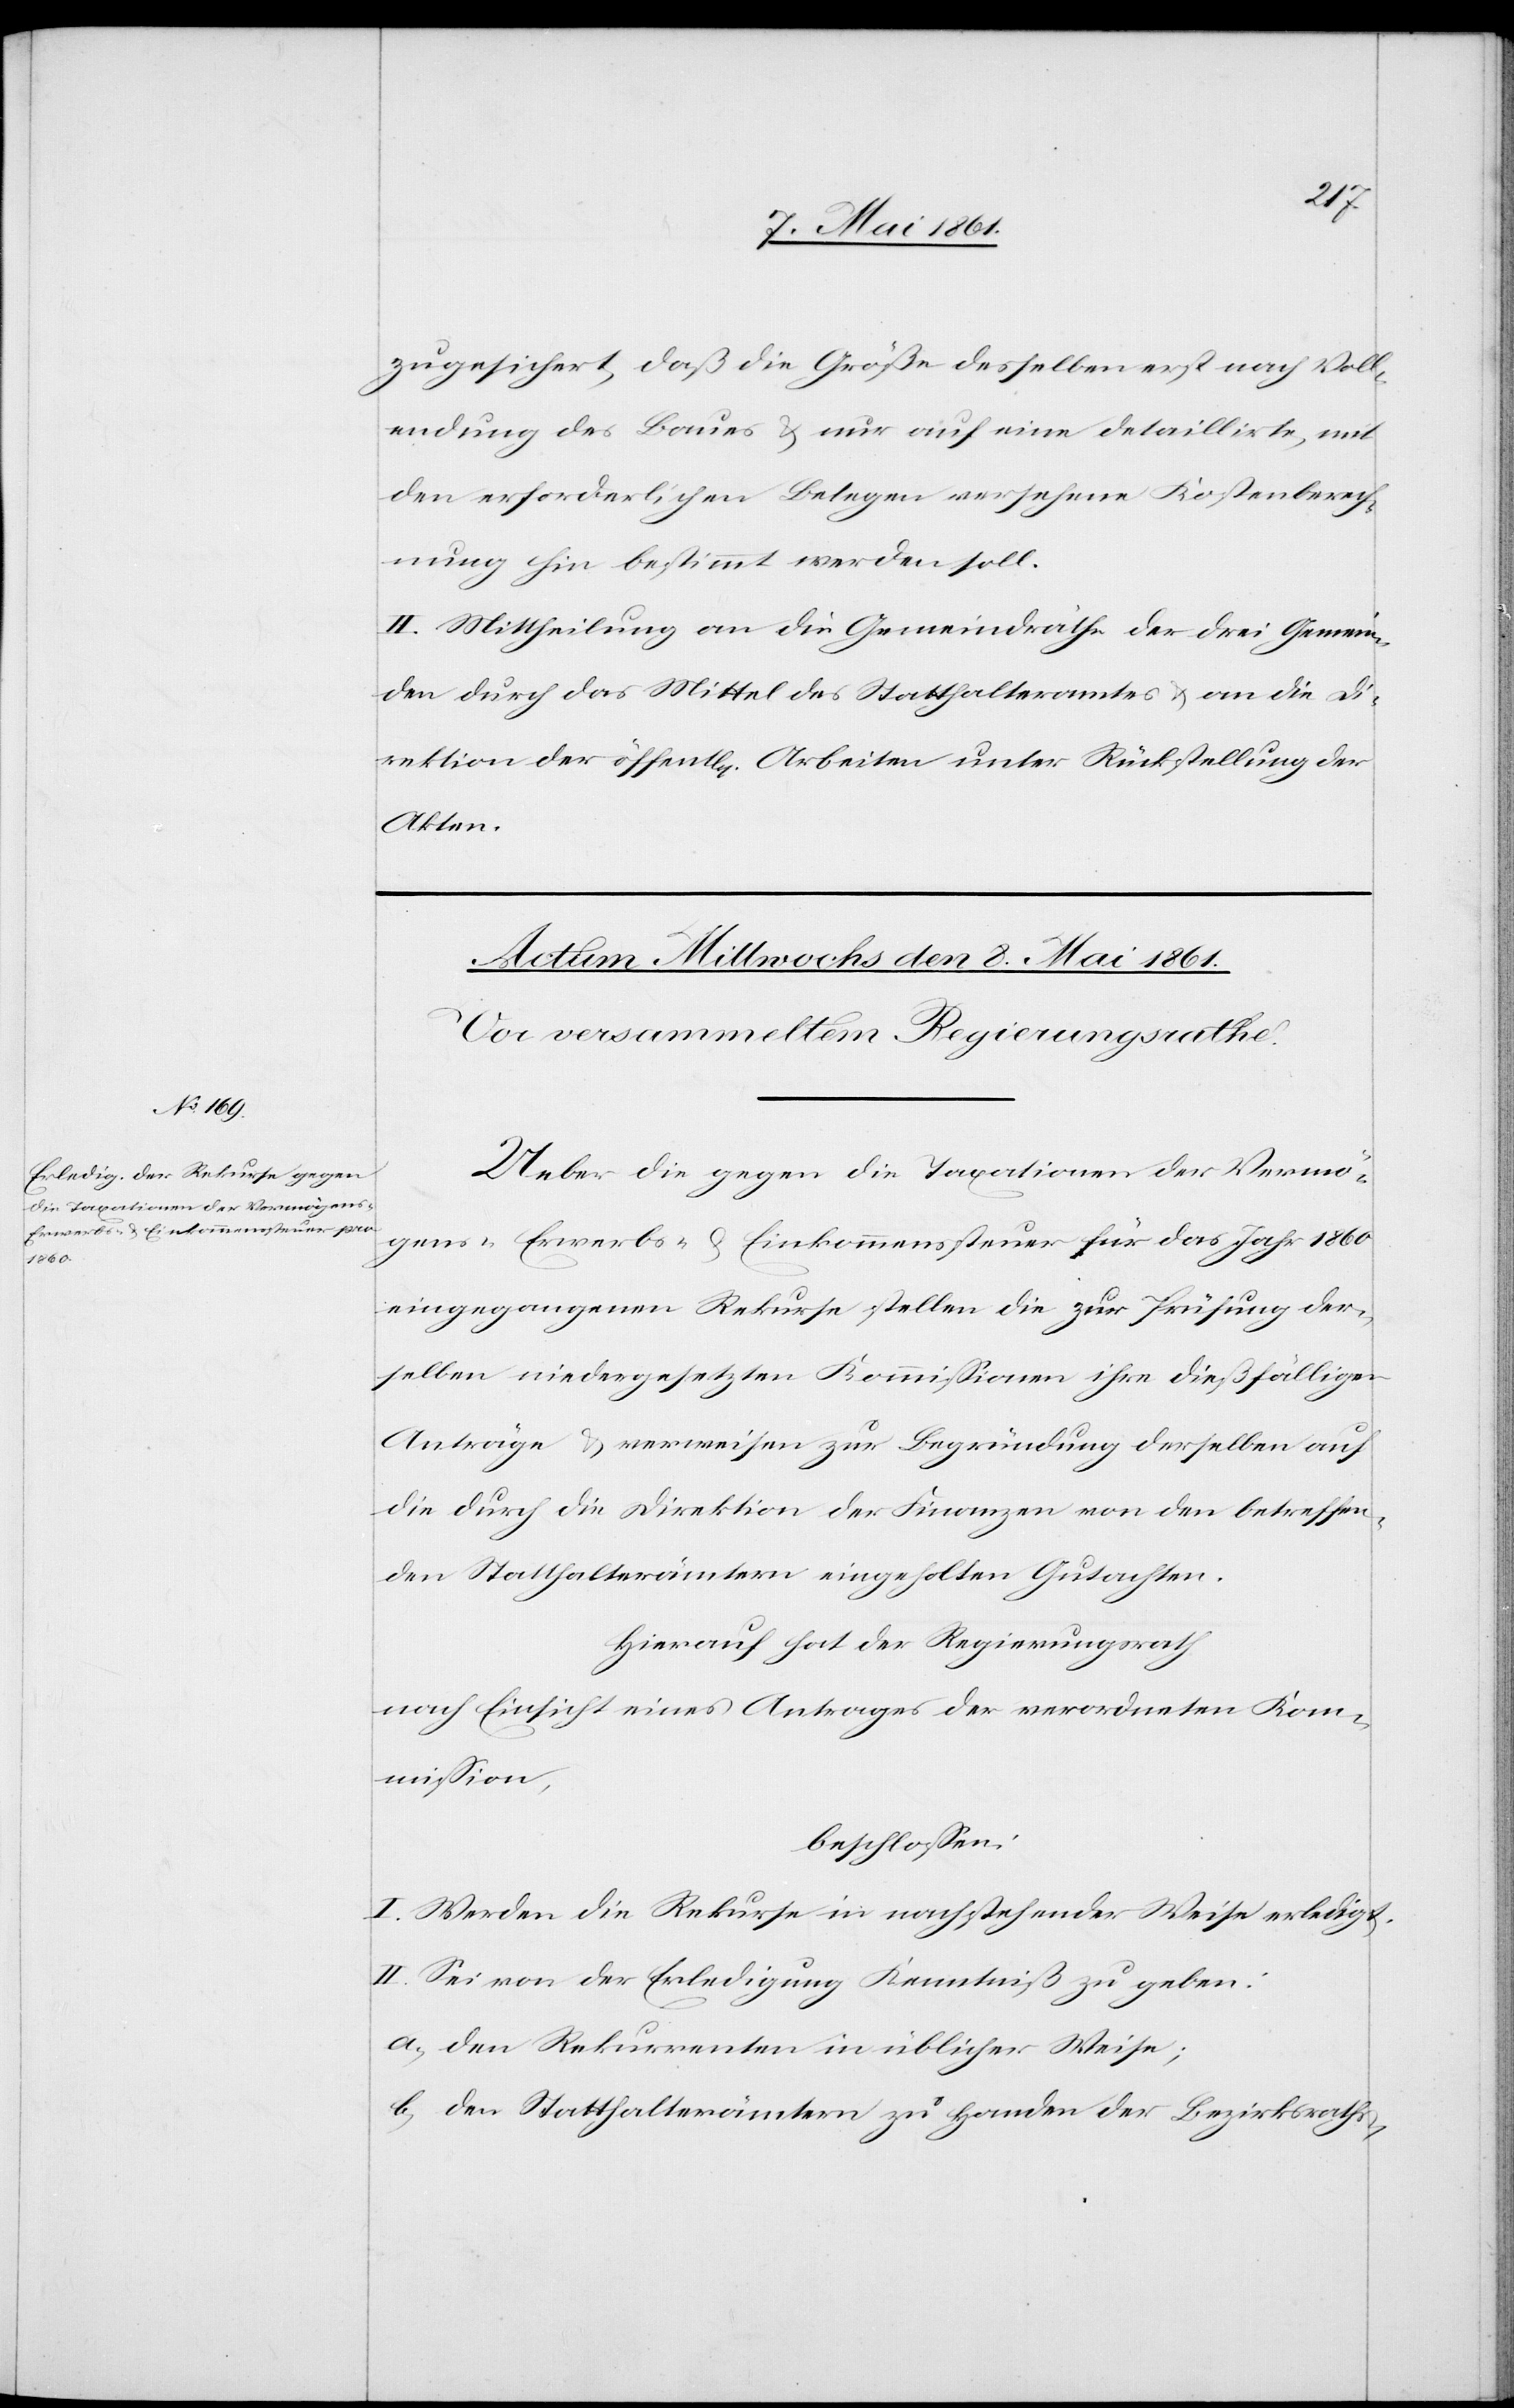
zugesichert, daß die Größe desselben erst nach Voll¬
endung des Baues u. nur auf eine detaillirte, mit
den erforderlichen Belegen versehene Kostenberech¬
nung hin bestimmt werden soll.
II. Mittheilung an die Gemeindräthe der drei Gemein¬
den durch das Mittel des Statthalteramtes u. an die Di¬
rektion der öffent[lichen] Arbeiten unter Rückstellung der
Akten.
Ueber die gegen die Taxationen der Vermö¬
gens- Erwerbs- u. Einkommenssteuer für das Jahr 1860
eingegangenen Rekurse stellen die zur Prüfung der¬
selben niedergesetzten Kommissionen ihre dießfälligen
Anträge u. verweisen zur Begründung derselben auf
die durch die Direktion der Finanzen von den betreffen¬
den Statthalterämtern eingeholten Gutachten.
Hierauf hat der Regierungsrath
nach Einsicht eines Antrages der verordneten Kom¬
mission,
beschlossen:
I. Werden die Rekurse in nachstehender Weise erledigt.
II. Sei von der Erledigung Kenntniß zu geben:
a) den Rekurrenten in üblicher Weise;
b) den Statthalterämtern zu Handen der Bezirksraths-